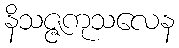
နိသဇ္ဇကုသလေန